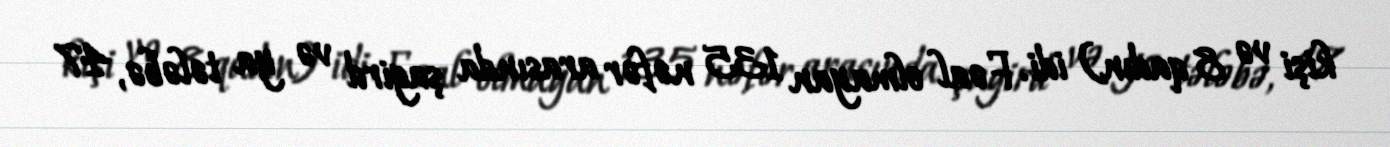
kişi və 8 qadın) idi. Fəal olmayan 135 nəfər arasında şagird və ya tələbə, 47